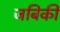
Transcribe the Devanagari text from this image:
जबिकी